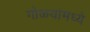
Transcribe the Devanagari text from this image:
गोळ्यांमध्ये